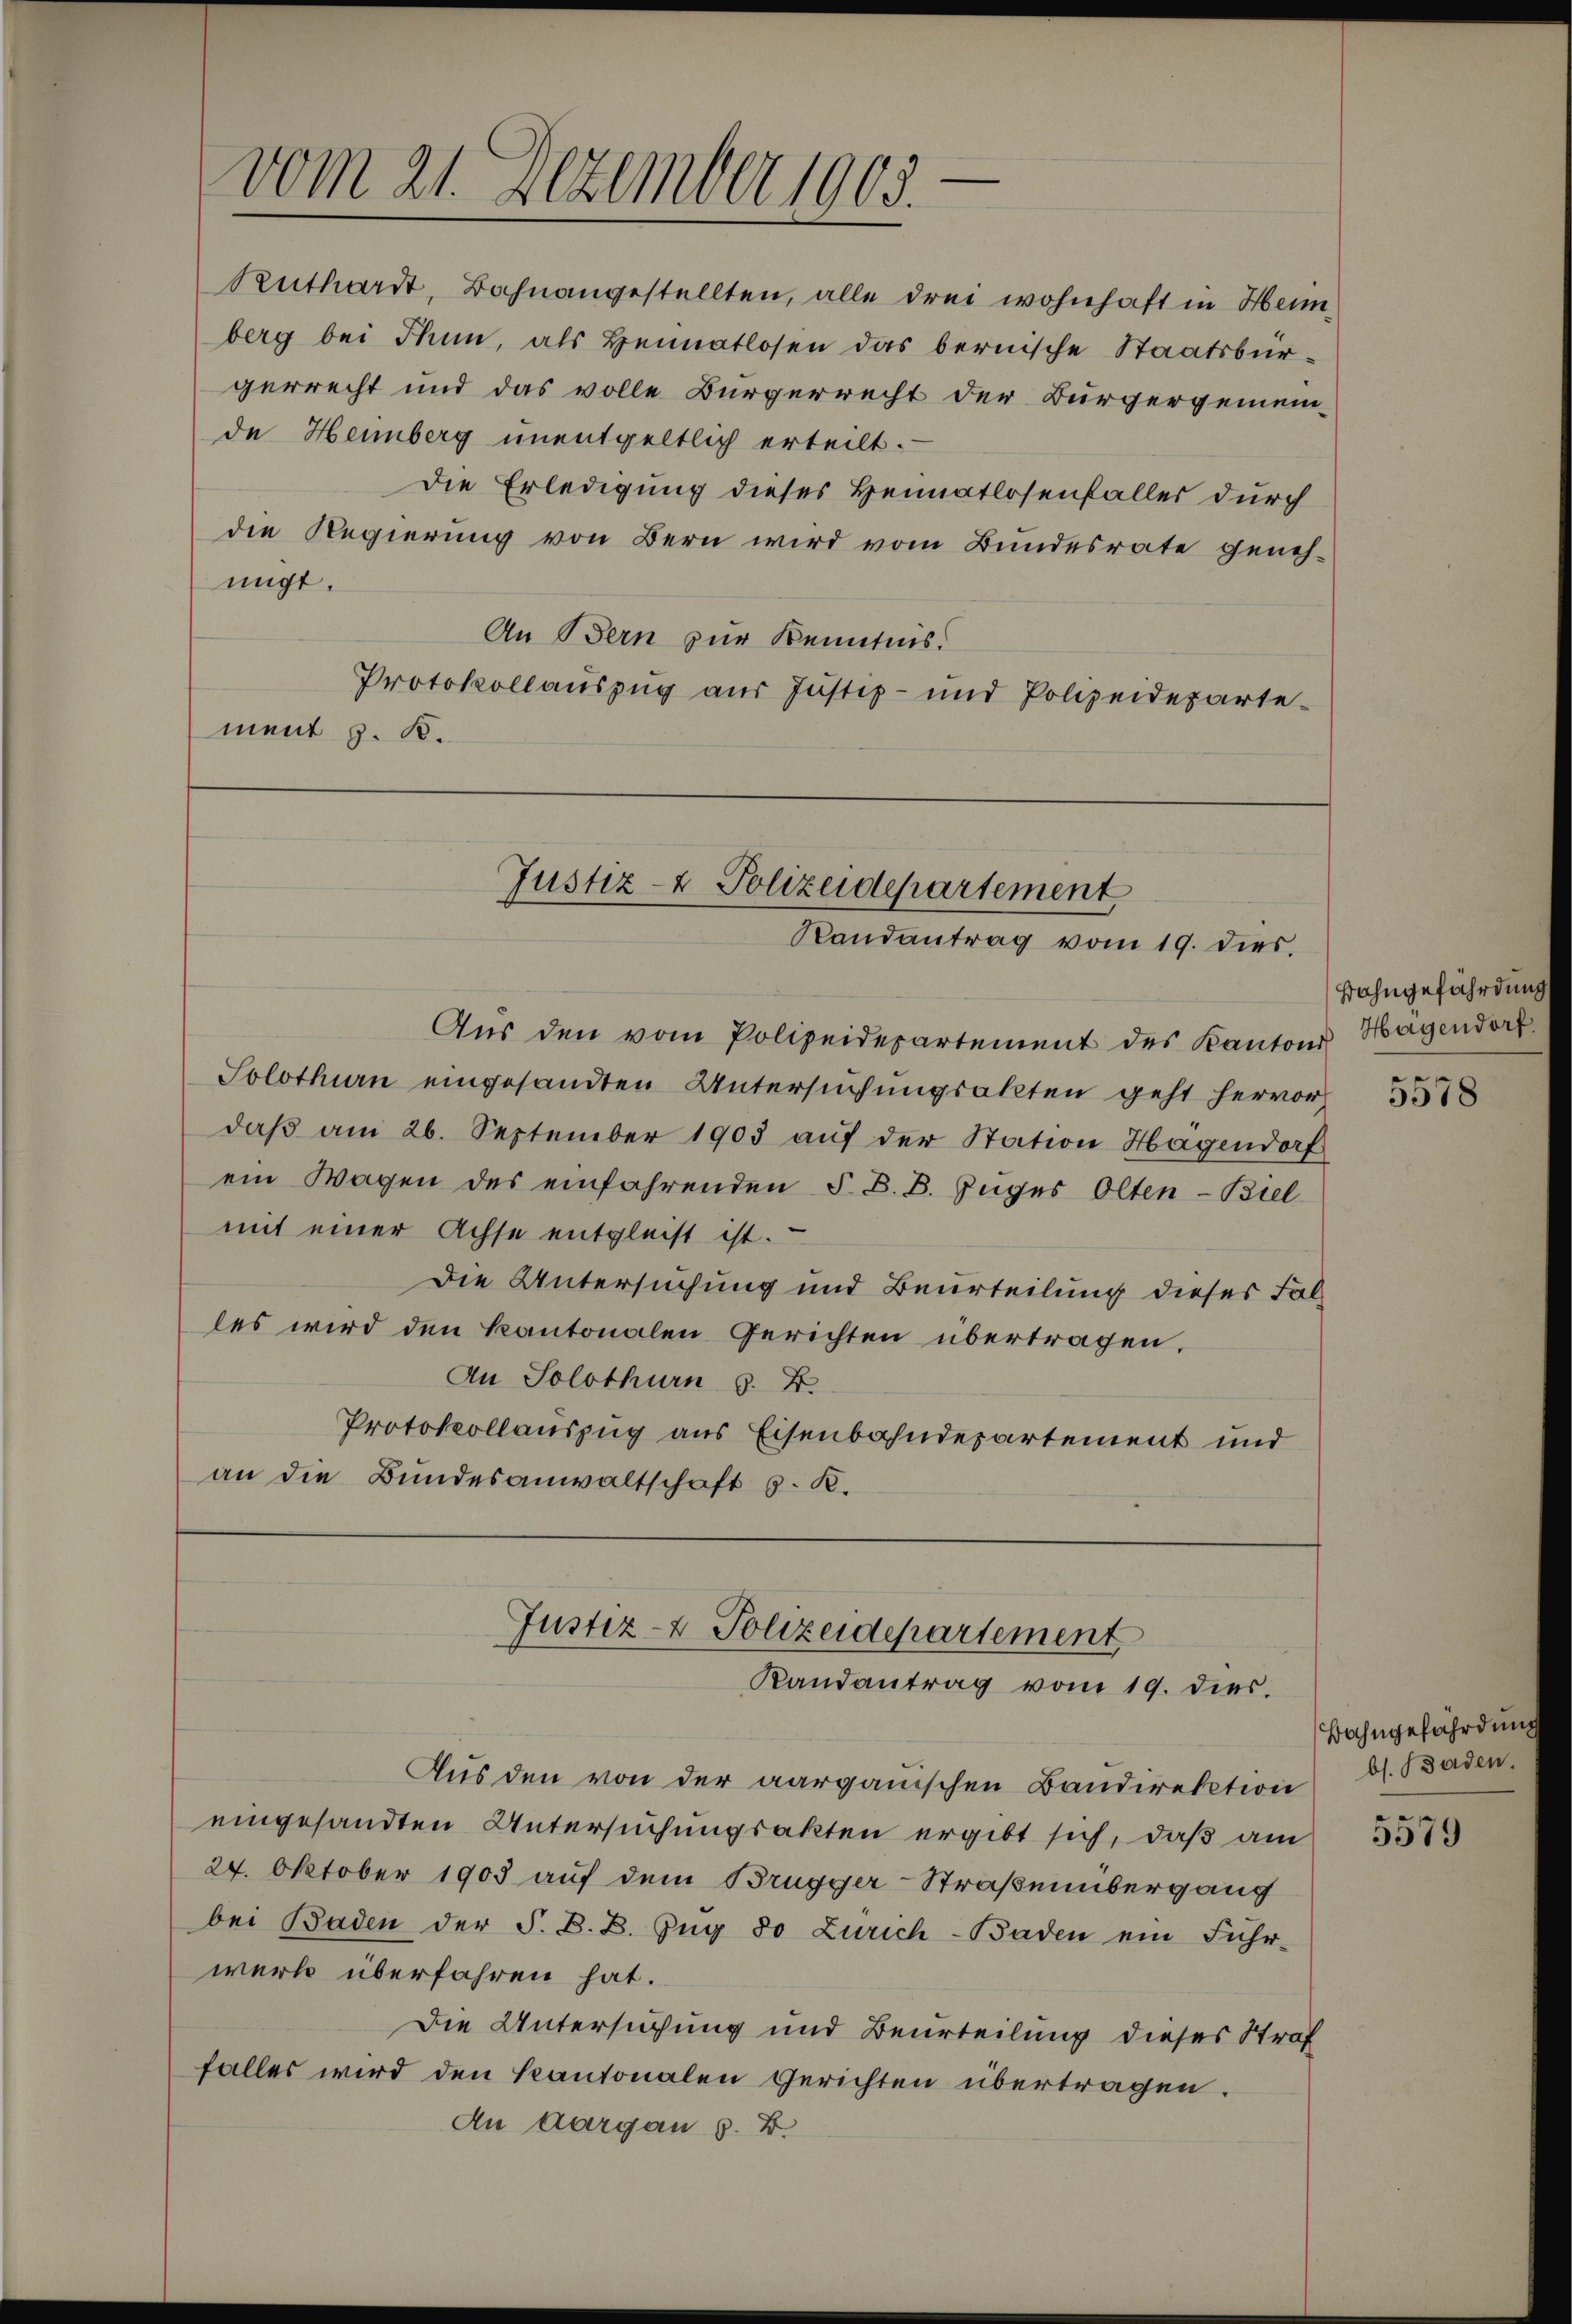
vom 21. Dezember 1905.

migt.
An Bern zur Kenntnis.
Protokollauszug aus Justiz- und Polizeidepartement z. B.

Rathardt, Bahnangestellten, alle drei wohnhaft in Heinberg bei Thun, als Heimatlosen das bernische Staatsbürgerrecht und das volle Bürgerrecht der Bürgergemein-
de Heinberg unentgeltlich erteilt.
Die Erledigung dieses Heimatlosenfaller durch
die Regierung von Bern wird vom Bundesrate geneh¬

Justiz- & Polizeidepartement
Randantrag vom 19. dies.

Justiz- & Polizeidepartement
Randantrag vom 19. dies.

Aus den vom Polizeidepartement des Kantons Hagendorf
Solothurn eingesandten Untersuchungsakten geht hervor
daβ am 26. September 1903 aŭf der Station Hagendorf
ein Wagen des einfahrenden §. B. B. Zuges Olten-Biel
mit einer Achse entgleist ist.
Die Untersuchung und Beurteilung dieses Falles wird den kantonalen Gerichten übertragen.
An Solothurn s. B.
Protokollauszug aus Eisenbahndepartement und
an die Bundesanwaltschaft z. K.

Aus den von der aargauischen Bandirektion
eingesandten Untersuchungsakten ergibt sich, daß am
24. Oktober 1905 auf dem Brugger-Straßenübergang
bei Baden der F. B. B. Zŭg 80 Zürich-Baden ein Führ-
werk überfahren hat.
Die Untersuchung und Beurteilung dieses Straf
falles wird den Kantonalen Gerichten übertragen.
An Aargau §. 2.

Bahngefährdung

5578

Bahngefährdun
bs. Baden.

5579